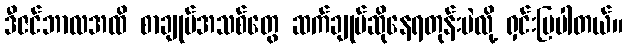
ဒီဇင်ဘာလအထိ စာချုပ်အသစ်တွေ ဆက်ချုပ်ဆိုနေရတုန်းပဲလို့ ရှင်းပြပါတယ်။